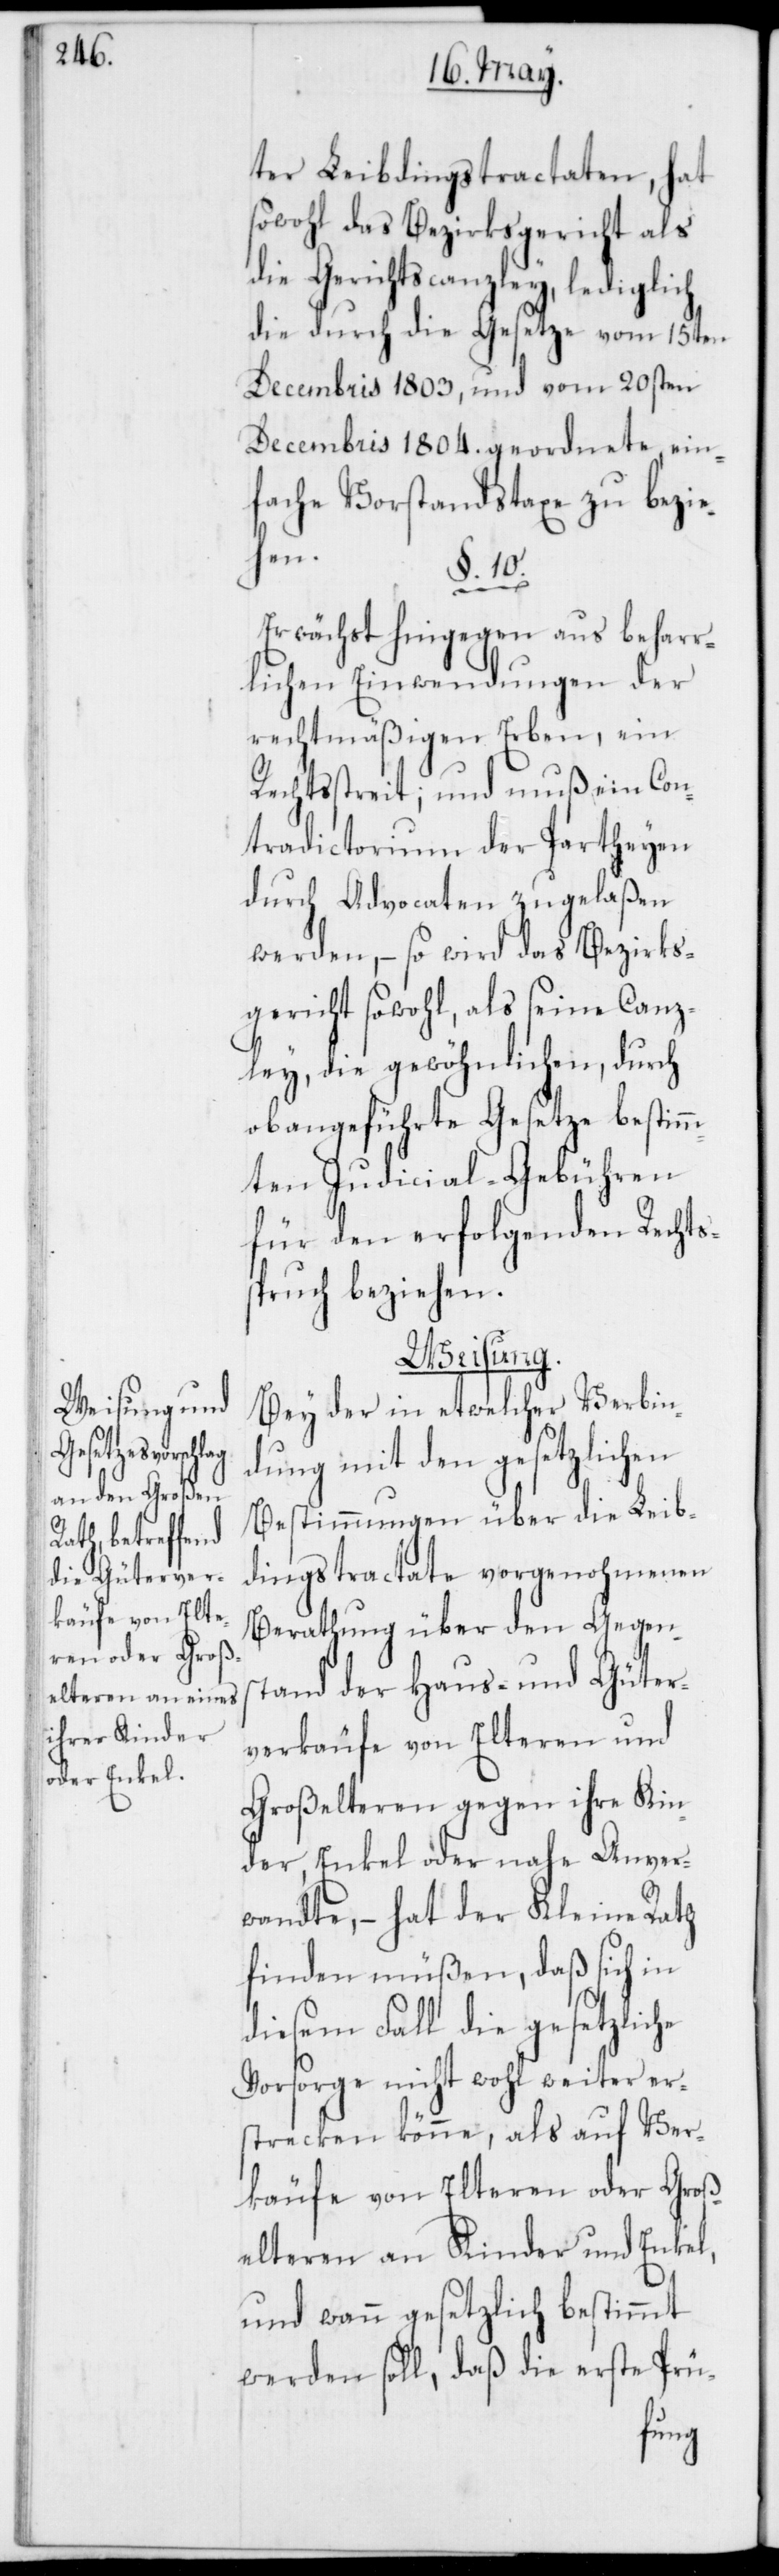
ter Leibdingstractaten, hat
sowohl das Bezirksgericht als
die Gerichtscanzley, lediglich
die durch die Gesetze vom 15ten
Decembris 1803, und vom 20sten
Decembris 1804. geordnete, ein¬
fache Vorstandstaxe zu bezie¬
hen.
§. 10.
Erwächst hingegen aus beharr¬
lichen Einwendungen der
rechtmäßigen Erben, ein
Rechtsstreit; und muß ein Con¬
tradictorium der Partheyen
durch Advocaten zugelaßen
werden, – so wird das Bezirks¬
gericht sowohl, als seine Canz¬
ley, die gewöhnlichen, durch
obangeführte Gesetze bestimm¬
ten Judicial-Gebühren
für den erfolgenden Rechts¬
spruch beziehen.
Weisung.
Bey der in etwelcher Verbin¬
dung mit den gesetzlichen
Bestimmungen über die Leib¬
dingstractate vorgenohmenen
Berathung über den Gegens¬
tand der Haus- und Güter¬
verkäufe von Elteren und
Großelteren gegen ihre Kin¬
der, Enkel oder nahe Anver¬
wandte, – hat der Kleine Rath
finden müßen, daß sich in
diesem Fall die gesetzliche
Vorsorge nicht wohl weiter er¬
strecken könne, als auf Ver¬
käufe von Elteren oder Groß¬
elteren an Kinder und Enkel,
und wann gesetzlich bestimmt
werden soll, daß die erste Prü-